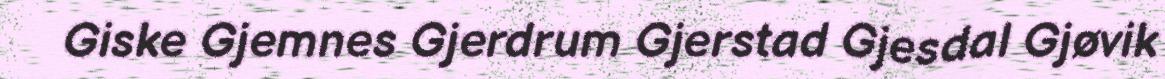
Giske Gjemnes Gjerdrum Gjerstad Gjesdal Gjøvik